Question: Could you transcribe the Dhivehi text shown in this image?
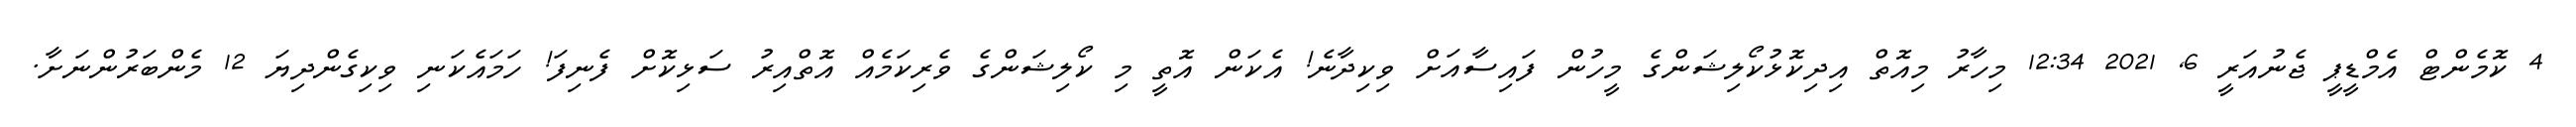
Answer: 4 ކޮމެންޓް އެމްޑީޕީ ޖެނުއަރީ 6, 2021 12:34 މިހާރު މިއޮތް އިދިކޮޅުކޯލިޝަންގެ މީހުން ފައިސާއަށް ވިކިދާނެ! އެކަން އޮތީ މި ކޯލިޝަންގެ ވެރިކަމެއް އޮތްއިރު ސަޅިކޮށް ފެނިފަ! ހަމައެކަނި ވިކިގެންދިޔަ 12 މެންބަރުންނަށާ.